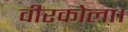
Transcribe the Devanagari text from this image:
वीरकोला।